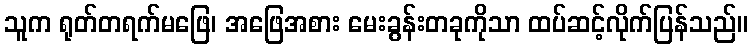
သူက ရုတ်တရက်မဖြေ၊ အဖြေအစား မေးခွန်းတခုကိုသာ ထပ်ဆင့်လိုက်ပြန်သည်။